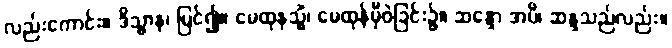
လည်းကောင်း။ ဒိသွာန၊ မြင်၍။ မေထုနသ္မိံ၊ မေထုန်မှီဝဲခြင်း၌။ ဆန္ဒော အပိ၊ ဆန္ဒသည်လည်း။